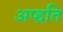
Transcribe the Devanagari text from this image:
अप्ह्रति